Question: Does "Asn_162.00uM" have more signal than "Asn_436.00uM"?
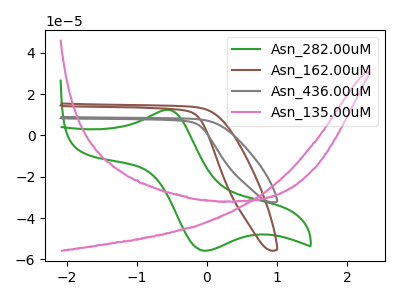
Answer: <think>The green curve "Asn_282.00uM" has an anodic peak at (-0.55V, 12.40uA) and a cathodic peak at (-0.05V, -55.75uA). The brown curve "Asn_162.00uM" has no peaks. The gray curve "Asn_436.00uM" has no peaks. The pink curve "Asn_135.00uM" has no peaks.
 Neither "Asn_162.00uM" or "Asn_436.00uM" have any peaks.</think>
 <answer>I cant tell if "Asn_162.00uM" or "Asn_436.00uM" has more signal.</answer>
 <eval>mixed_signal</eval>